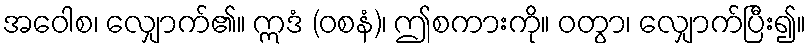
အဝေါစ၊ လျှောက်၏။ ဣဒံ (ဝစနံ)၊ ဤစကားကို။ ဝတွာ၊ လျှောက်ပြီး၍။